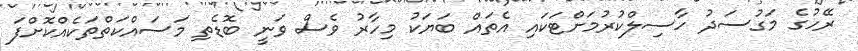
ރޭހުގެ މަގުސަދު ހާސިލްކުރުމަށްޓަކައި އެތައް ބަޔަކު މިހާރު ވެސް ވަނީ ބޮޑެތި މަސައްކަތްތަކެއްކޮށްފަ